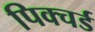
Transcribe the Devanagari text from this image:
पिक्चर्ड